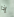
إذا